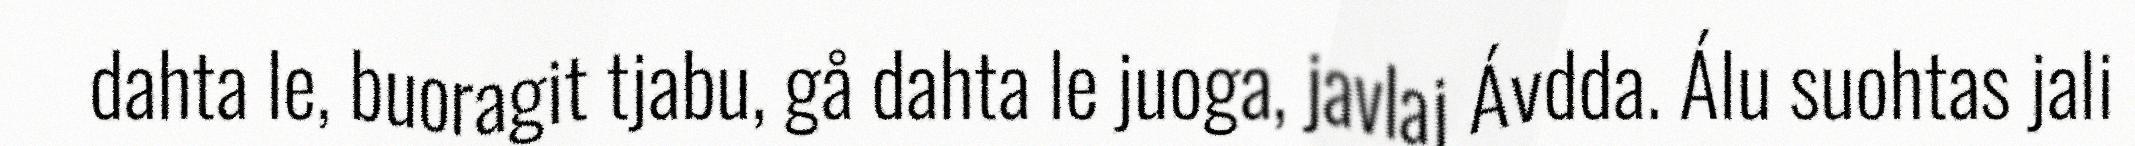
dahta le, buoragit tjabu, gå dahta le juoga, javlaj Ávdda. Álu suohtas jali